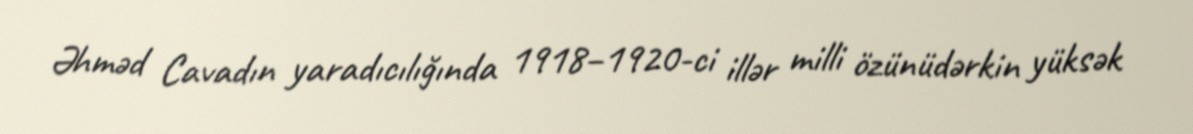
Əhməd Cavadın yaradıcılığında 1918–1920-ci illər milli özünüdərkin yüksək